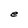
Character: e